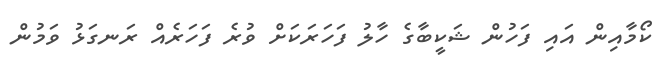
ކޯމާއިން އައި ފަހުން ޝަކީބާގެ ހާލު ފަހަރަކަށް ވުރެ ފަހަރެއް ރަނގަޅު ވަމުން